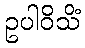
ဥပါဝိသိံ